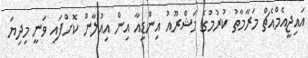
އައިޖީއެމްއެޗް މަރާމާތު ކުރުމުގެ މަޝްރޫއު އިންޑިއާ އިން އިއުލާން ކޮށްފައި ވަނީ މިދިޔަ